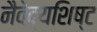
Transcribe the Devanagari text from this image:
नैवेद्यशिष्ट